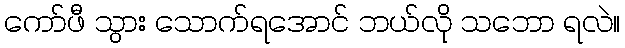
ကော်ဖီ သွား သောက်ရအောင် ဘယ်လို သဘော ရလဲ။